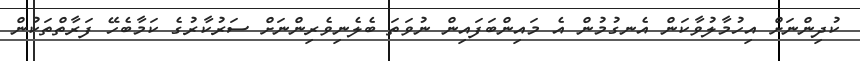
ކުދިންނަށް އިހުމާލުވާކަން އެނގުމުން އެ މައިންބަފައިން ނުވަތަ ބެލެނިވެރިންނަށް ސަރުކާރުގެ ކަމާބެހޭ ފަރާތްތަކުން